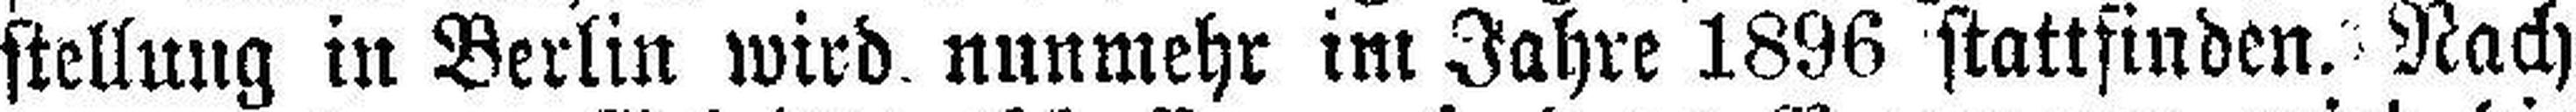
stellung in Berlin wird nunmehr im Jahre 1896 stattsinden. Nach